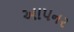
આપનર